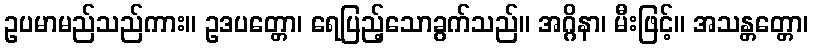
ဥပမာမည်သည်ကား။ ဥဒပတ္တော၊ ရေပြည့်သောခွက်သည်။ အဂ္ဂိနာ၊ မီးဖြင့်။ အသန္တတ္တော၊